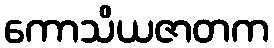
ကောသိယဇာတက